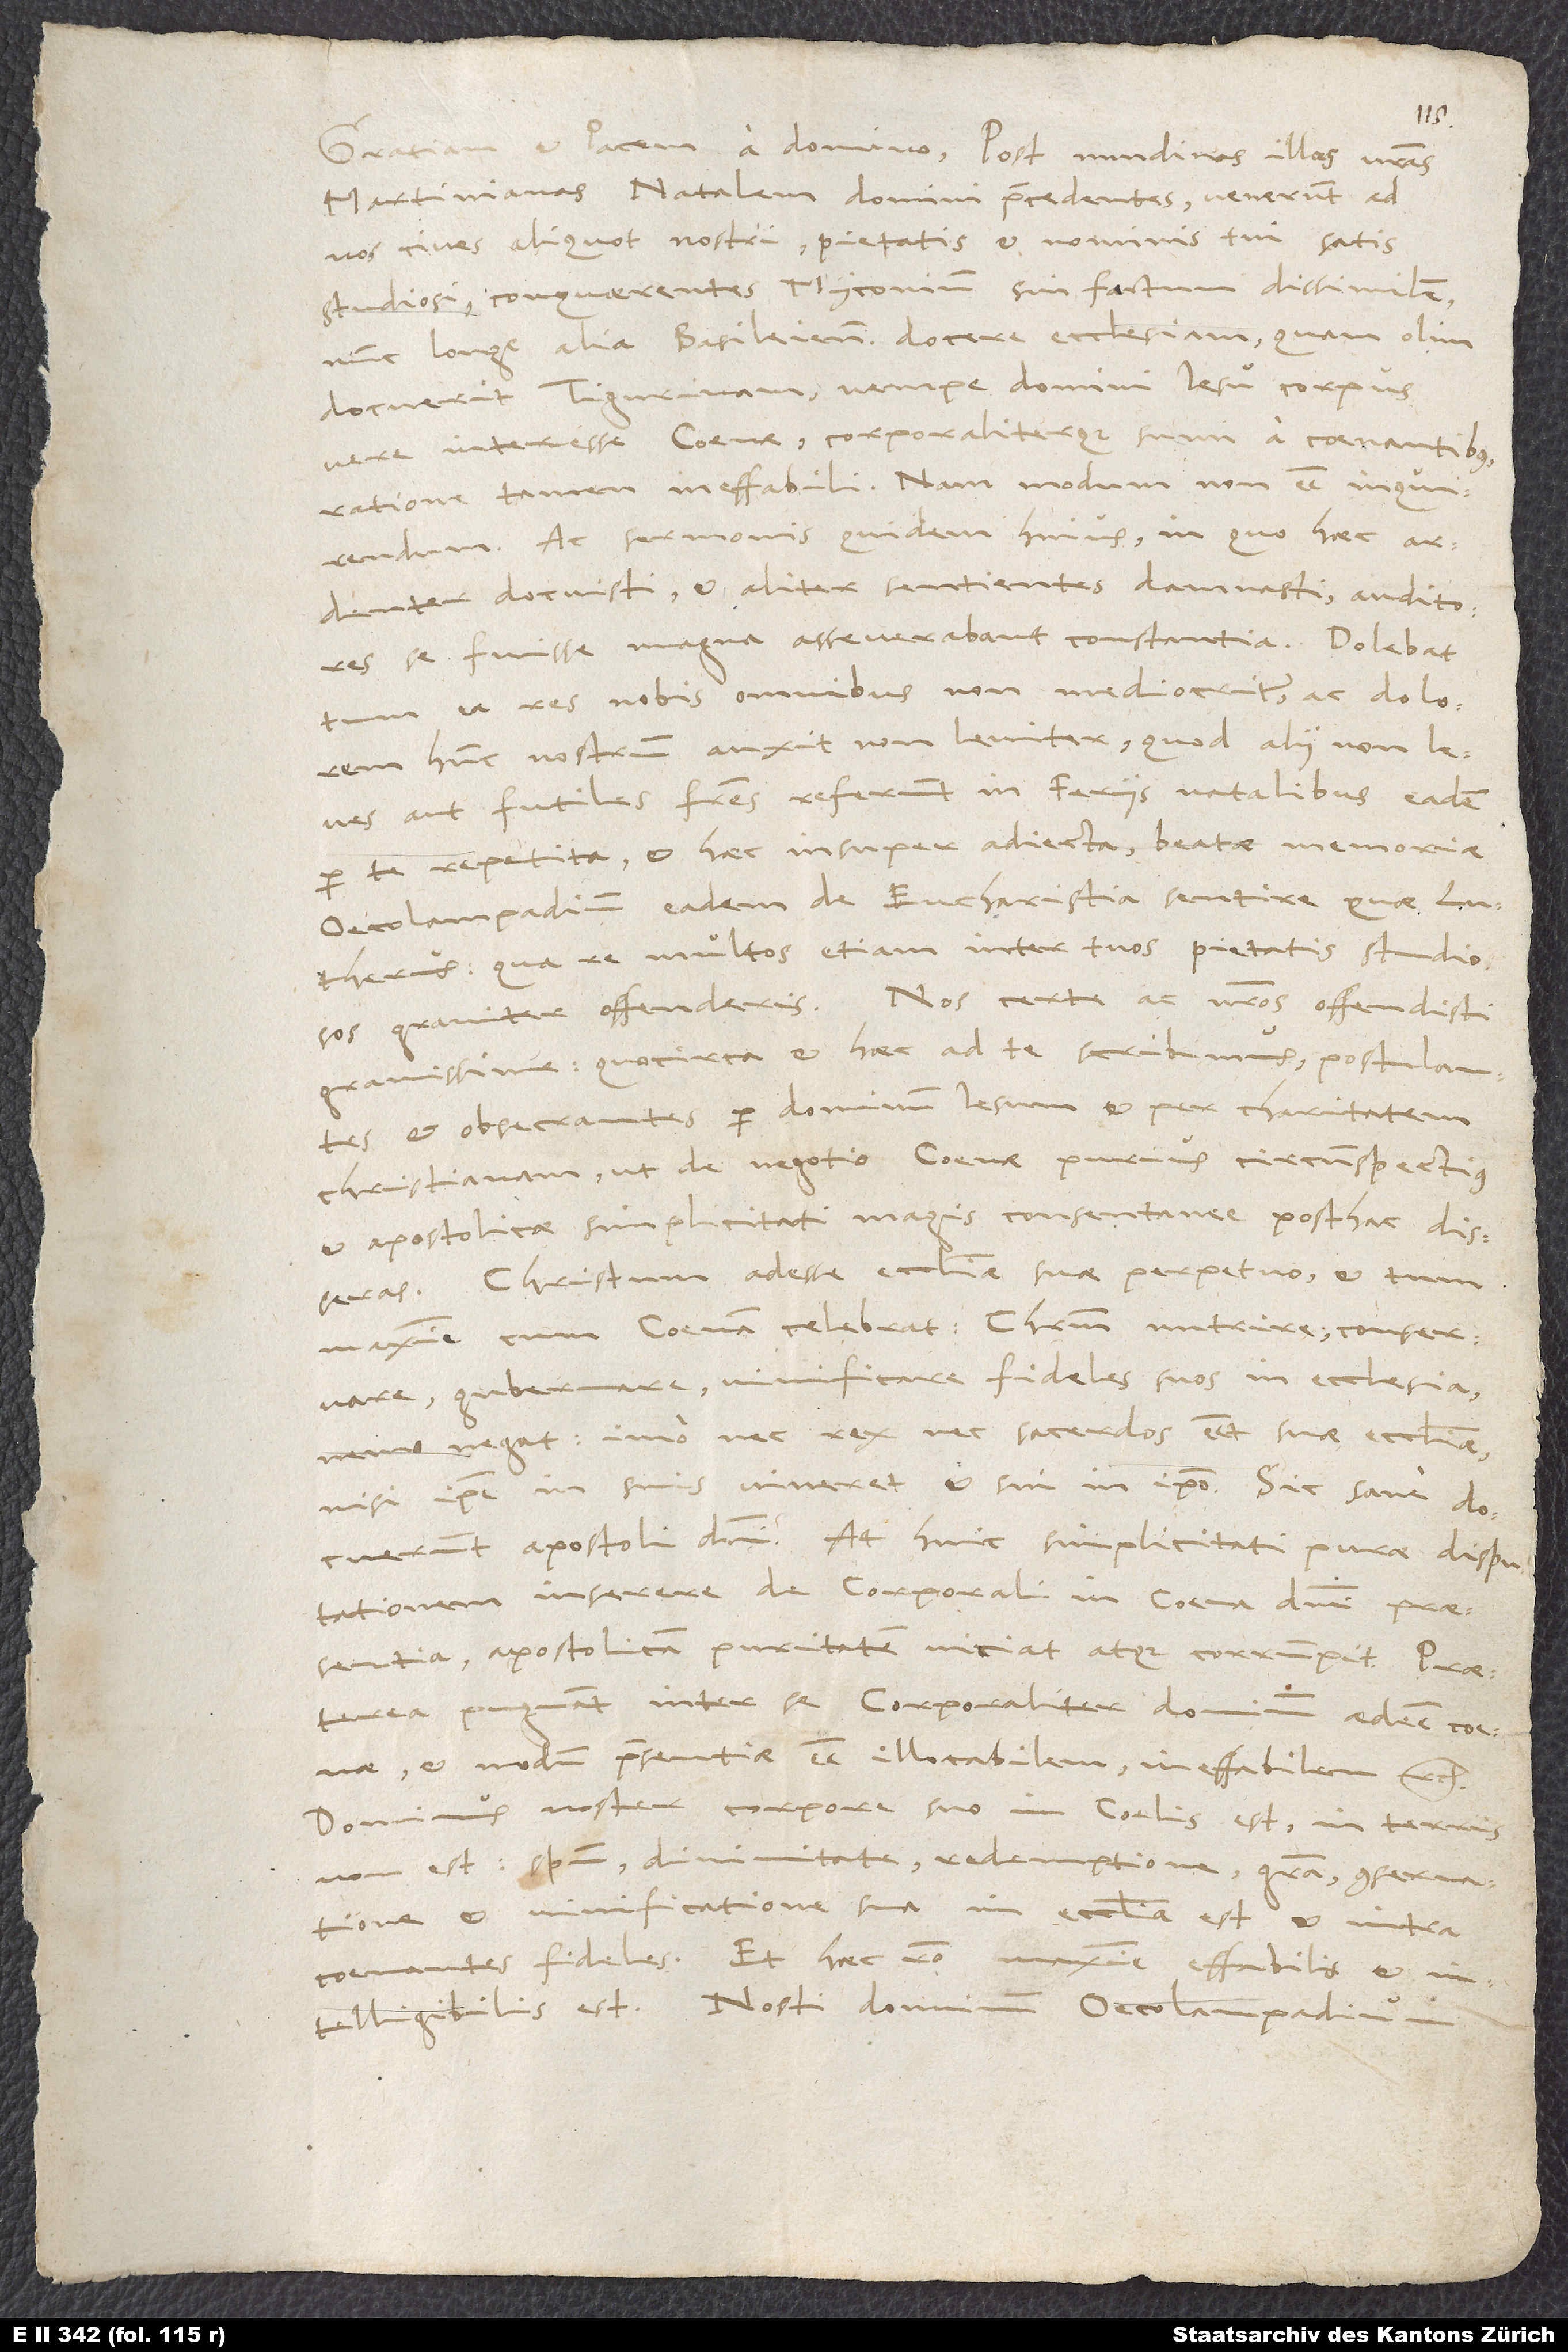
Martinianas natalem domini praecedentes venerunt ad
nos cives aliquot nostri pietatis et nominis tui satis
studiosi conquaerentes Myconium sui factum dissimilem,
nunc longe alia Basileiensem docere ecclesiam, quam olim
docuerit Tigurinam, nempe domini Iesu corpus
vere interesse coenae corporaliterque sumi a coenantibus,
ratione tamen ineffabili; nam modum non esse inquirendum,
ac sermonis quidem huius, in quo haec
docuisti et aliter sentientes damnasti, auditores
se fuisse magna asseverabant constantia. Dolebat
tum ea res nobis omnibus non mediocriter ac dolorem
hunc nostrum auxit non leviter, quod alii non leves
aut futiles fratres referunt in feriis natalibus eadem
per te repetita et haec insuper adiecta: Beatae memoriae
Oecolampadium eadem de eucharistia sentire quae
Lutherus, qua re multos etiam inter tuos pietatis studiosos
graviter offenderis. Nos certe ac nostros offendisti
gravissime, quocirca et haec ad te scribimus postulantes
et obsecrantes per dominum Iesum et per charitatem
christianam, ut de negotio coenae purius, circumspectius
et apostolicae simplicitati magis consentanee posthac disseras.
Christum adesse ecclesiae suae perpetuo et tum
maxime, cum coenam celebrat, Christum nutrire, conservare,
gubernare, vivificare fideles suos in ecclesia
nemo negat; imo nec rex nec sacerdos esset suae ecclesiae,
nisi ipse in suis viveret et sui in ipso. Sic sane docuerunt
apostoli domini. At huic simplicitati purae disputationem
inserere de corporali in coena domini praesentia
apostolicam puritatem viciat atque corrumpit. Praeterea
pugnant inter se corporaliter dominum adesse coenae
et modum praesentiae esse illocabilem, ineffabilem etc.
Dominus noster corpore suo in coelis est, in terris
non est; spiritu, divinitate, redemptione, gratia, conservatione
et vivificatione sua in ecclesia est et intra
coenantes fideles. Et haec ratio maxime effabilis et
intelligibilis est. Nosti dominum Oecolampadium modum